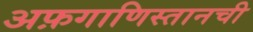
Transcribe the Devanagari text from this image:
अफ़गाणिस्तानची